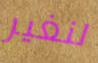
لنغير